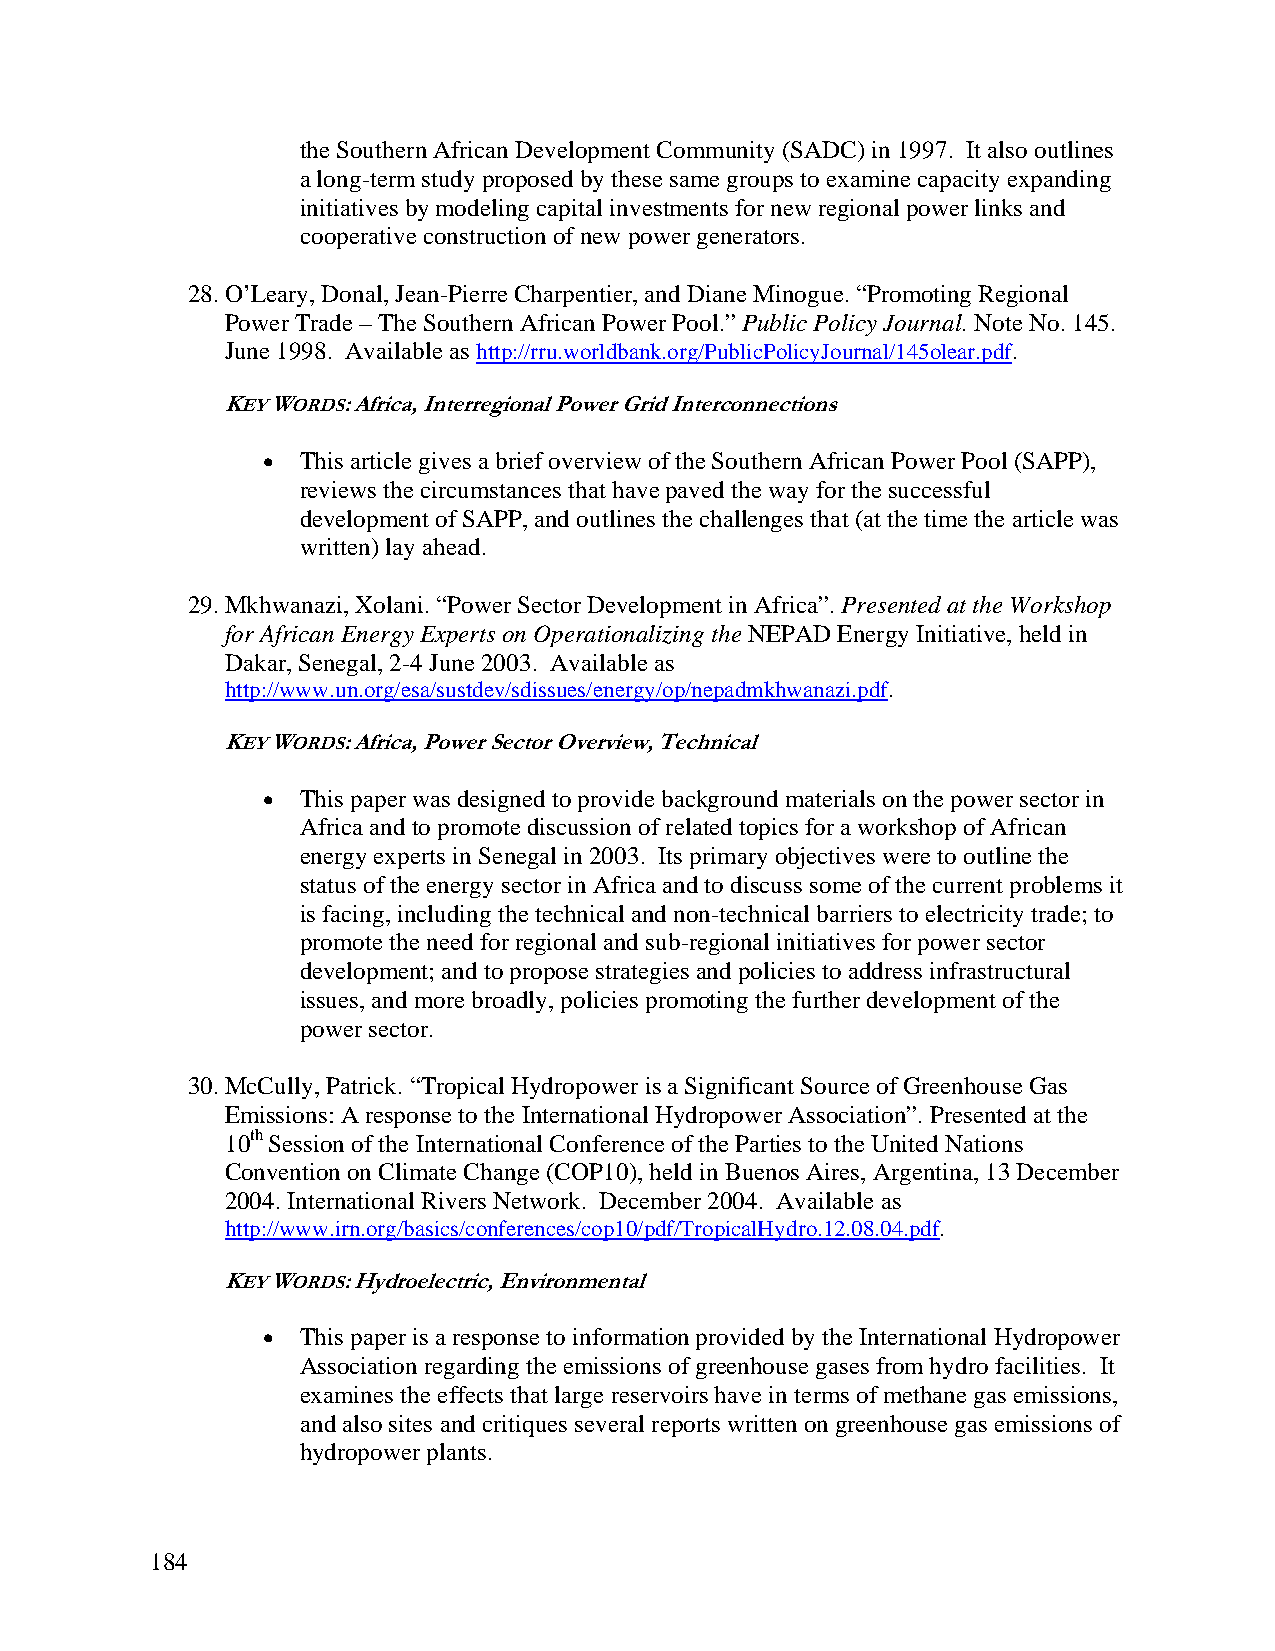
the Southern African Development Community (SADC) in 1997. It also outlines
 a long-term study proposed by these same groups to examine capacity expanding
 initiatives by modeling capital investments for new regional power links and
 cooperative construction of new power generators.
 28. O’Leary, Donal, Jean-Pierre Charpentier, and Diane Minogue. “Promoting Regional
 Power Trade – The Southern African Power Pool.” Public Policy Journal. Note No. 145.
 June 1998. Available as http://rru.worldbank.org/PublicPolicyJournal/145olear.pdf.
 KEY WORDS: Africa, Interregional Power Grid Interconnections
 •  This article gives a brief overview of the Southern African Power Pool (SAPP),
 reviews the circumstances that have paved the way for the successful
 development of SAPP, and outlines the challenges that (at the time the article was
 written) lay ahead.
 29. Mkhwanazi, Xolani. “Power Sector Development in Africa”. Presented at the Workshop
 for African Energy Experts on Operationalizing the NEPAD Energy Initiative, held in
 Dakar, Senegal, 2-4 June 2003. Available as
 http://www.un.org/esa/sustdev/sdissues/energy/op/nepadmkhwanazi.pdf.
 KEY WORDS: Africa, Power Sector Overview, Technical
 •  This paper was designed to provide background materials on the power sector in
 Africa and to promote discussion of related topics for a workshop of African
 energy experts in Senegal in 2003. Its primary objectives were to outline the
 status of the energy sector in Africa and to discuss some of the current problems it
 is facing, including the technical and non-technical barriers to electricity trade; to
 promote the need for regional and sub-regional initiatives for power sector
 development; and to propose strategies and policies to address infrastructural
 issues, and more broadly, policies promoting the further development of the
 power sector.
 30. McCully, Patrick. “Tropical Hydropower is a Significant Source of Greenhouse Gas
 Emissions: A response to the International Hydropower Association”. Presented at the
 10th Session of the International Conference of the Parties to the United Nations
 Convention on Climate Change (COP10), held in Buenos Aires, Argentina, 13 December
 2004. International Rivers Network. December 2004. Available as
 http://www.irn.org/basics/conferences/cop10/pdf/TropicalHydro.12.08.04.pdf.
 KEY WORDS: Hydroelectric, Environmental
 •  This paper is a response to information provided by the International Hydropower
 Association regarding the emissions of greenhouse gases from hydro facilities. It
 examines the effects that large reservoirs have in terms of methane gas emissions,
 and also sites and critiques several reports written on greenhouse gas emissions of
 hydropower plants.
 184